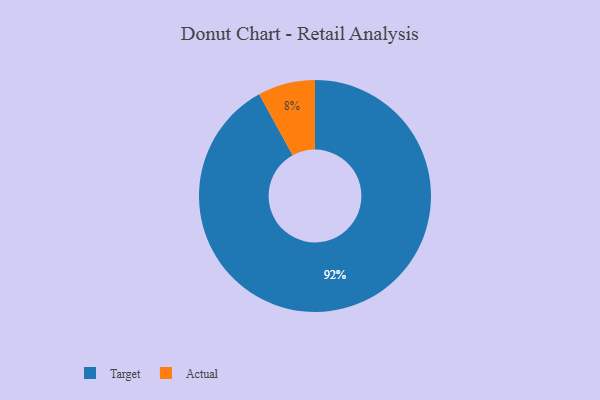
{"axis": {"x": "Category", "y": "Percentage"}, "legend": ["Actual", "Target"], "data": [{"x": "Target", "y": 92, "type": "Target"}, {"x": "Actual", "y": 8, "type": "Actual"}]}